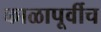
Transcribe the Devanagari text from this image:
काळापूर्वीच